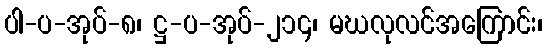
ပါ-ပ-အုပ်-၈၊ ဋ္ဌ-ပ-အုပ်-၂၁၄၊ မဃလုလင်အကြောင်း၊